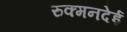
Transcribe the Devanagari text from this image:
रुक्मनदेई